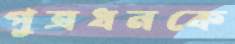
পুত্রধনকে